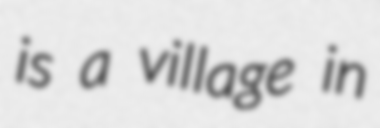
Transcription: is a village in